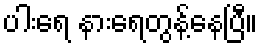
ပါးရေ နားရေတွန့်နေပြီ။